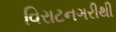
વિરાટનગરીથી